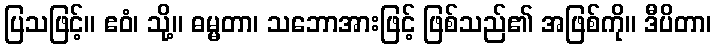
ပြသဖြင့်။ ဧဝံ၊ သို့။ ဓမ္မတာ၊ သဘောအားဖြင့် ဖြစ်သည်၏ အဖြစ်ကို။ ဒီပိတာ၊